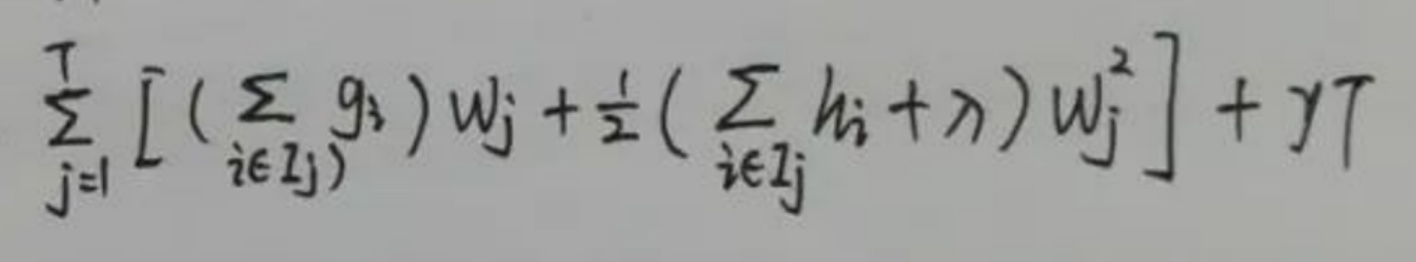
\[
\sum_{j = 1}^{T} \left[ \left( \sum_{i \in I_j} g_i \right) w_j + \frac{1}{2} \left( \sum_{i \in I_j} h_i + \lambda \right) w_j^2 \right] + \gamma T
\]